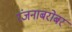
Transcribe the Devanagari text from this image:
रंजनाबरोबर